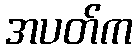
အပတ်က